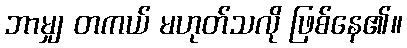
ဘာမျှ တကယ် မဟုတ်သလို ဖြစ်နေ၏။